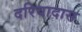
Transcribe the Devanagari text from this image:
दरियादास